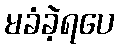
မခံခဲ့ရပေ